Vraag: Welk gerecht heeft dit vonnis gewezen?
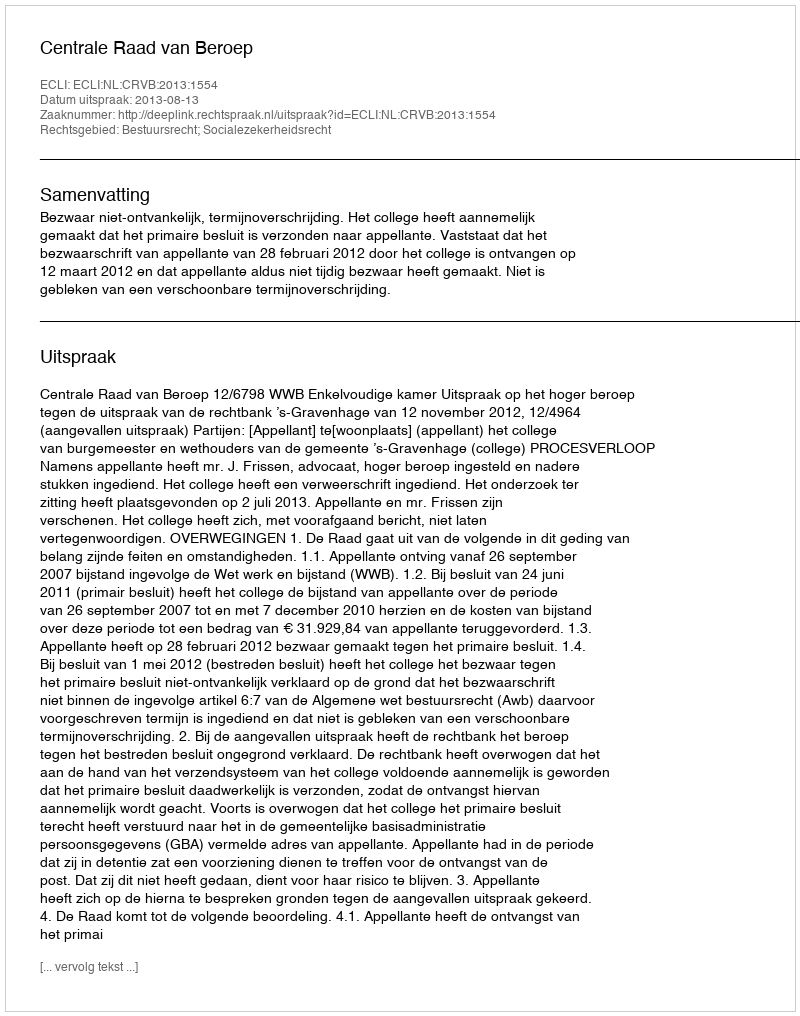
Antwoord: Centrale Raad van Beroep